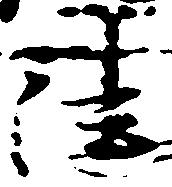
法